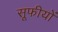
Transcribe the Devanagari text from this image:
सूफीयों